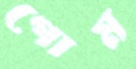
গোম